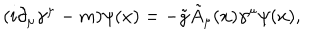
LaTeX: ( i \partial _ { \mu } \gamma ^ { \mu } - m ) \psi ( x ) = - \tilde { g } \tilde { A } _ { \mu } ( x ) \gamma ^ { \mu } \psi ( x ) ,